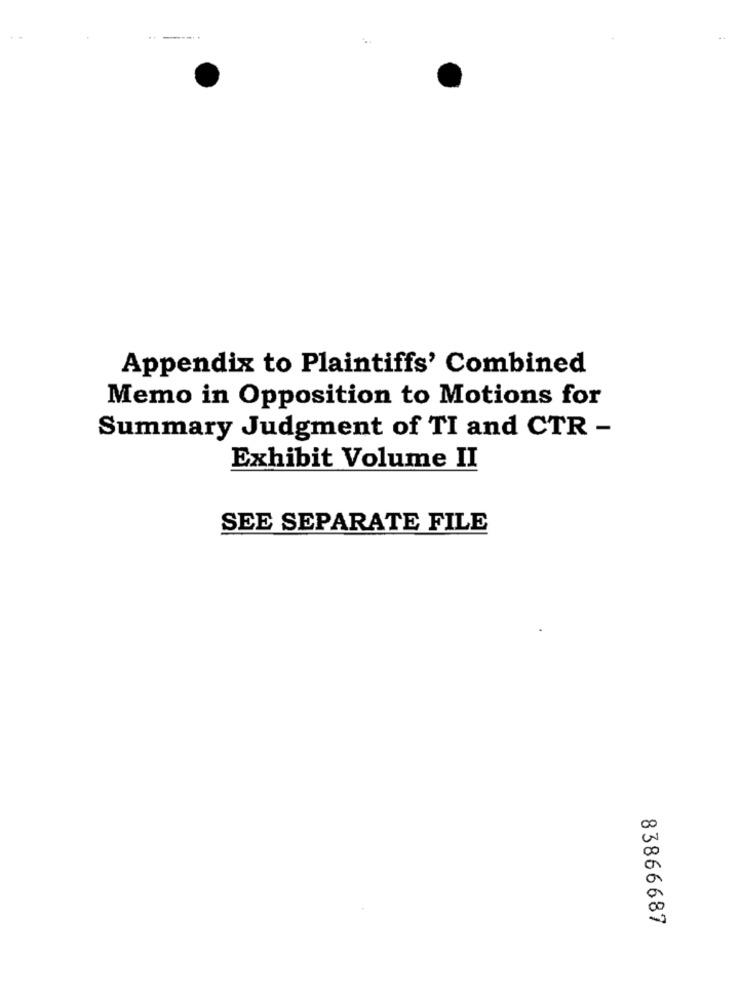
---.
Appendix to Plaintiffs' Combined
Memo in Opposition to Motions for
Summary Judgment of TI and CTR -
Exhibit Volume II
SEE SEPARATE FILE
00
00
83866687